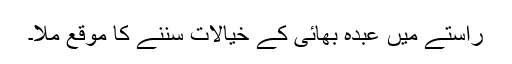
راستے میں عبدہ بھائی کے خیالات سننے کا موقع ملا۔